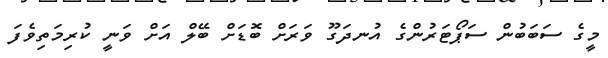
މީގެ ސަބަބުން ސަޕޯޓަރުންގެ އުނދަގޫ ވަރަށް ބޮޑަށް ބޭލް އަށް ވަނީ ކުރިމަތިވެފަ